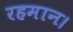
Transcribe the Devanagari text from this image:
रहमान।